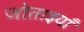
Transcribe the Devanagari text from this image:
जोताइयाँ